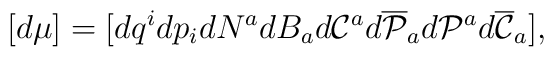
[d\mu]=[dq^i dp_i dN^a dB_a d{\cal C}^a d\overline{\cal P}_ad{\cal P}^a d\overline{\cal C}_a],